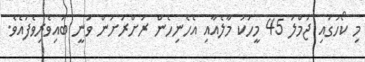
މި ކޯހުގައި ޖުމްލަ 45 މީހަކު މާލެއާއި އެހެނިހެން ރަށްރަށުން ވަނީ ބައިވެރިވެފައެވެ.